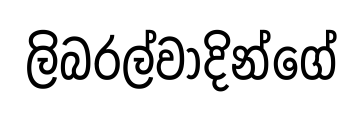
ලිබරල්වාදින්ගේ